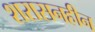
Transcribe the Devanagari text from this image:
शरासनहीन